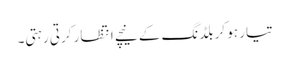
تیار ہو کر بلڈنگ کے نیچے انتظار کرتی رہتی۔